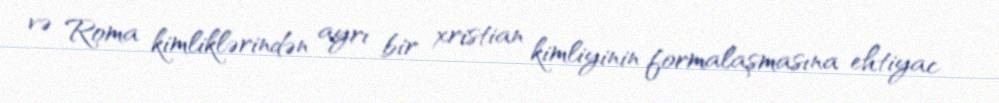
və Roma kimliklərindən ayrı bir xristian kimliyinin formalaşmasına ehtiyac